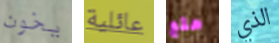
يخون عائلية هلع الذي